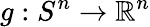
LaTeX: g:S^{n}\to{\mathbb{R}}^{n}